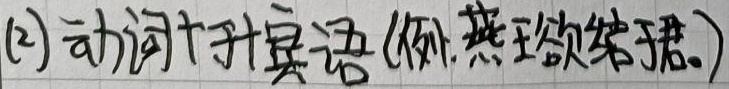
(2)动词+于+宾语(例: 燕王欲结于君。)